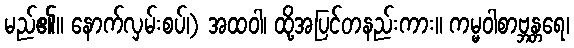
မည်၏။ နောက်လှမ်းစပ်၊) အထဝါ၊ ထို့အပြင်တနည်းကား။ ကမ္မဝါစာဗ္ဘန္တရေ၊